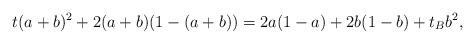
LaTeX: \begin{align*} t(a+b)^{2} + 2(a+b)(1-(a+b)) = 2a(1-a) + 2b(1-b) + t_{B}b^{2},\end{align*}